Indian journal of veterinary science and animal husbandry - Volumes 24-25, 1954-1955
Year: 1954
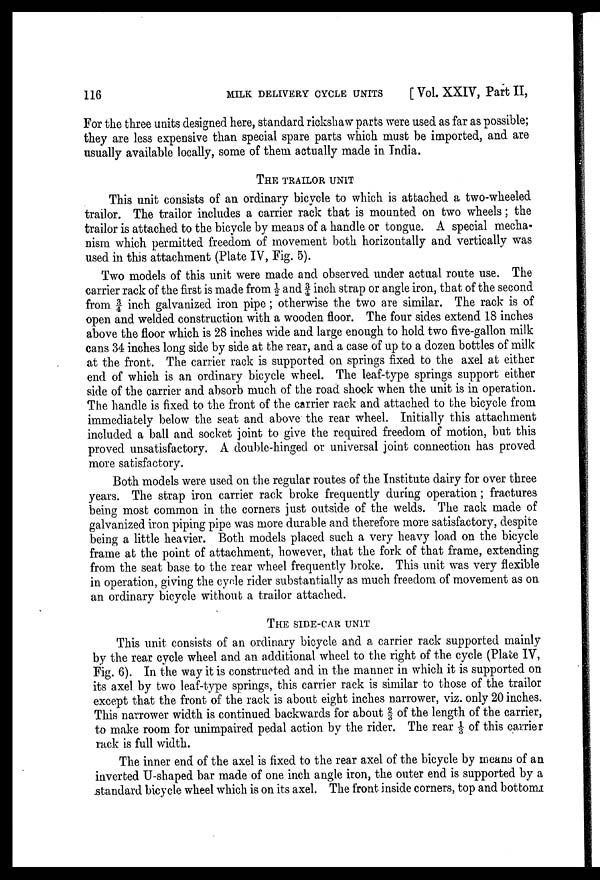
116
MILK DELIVERY CYCLE UNITS
[Vol. XXIV, Part II,
For the three units designed here, standard rickshaw parts were used as far as possible;
they are less expensive than special spare parts which must be imported, and are
usually available locally, some of them actually made in India.
THE TRAILOR UNIT
This unit consists of an ordinary bicycle to which is attached a two-wheeled
trailor. The trailor includes a carrier rack that is mounted on two wheels; the
trailor is attached to the bicycle by means of a handle or tongue. A special mecha
nism which permitted freedom of movement both horizontally and vertically was
used in this attachment (Plate IV, Fig. 5).
Two models of this unit were made and observed under actual route use. The
carrier rack of the first is made from ½ and ¾ inch strap or angle iron, that of the second
from 3/4 inch galvanized iron pipe; otherwise the two are similar. The rack is of
open and welded construction with a wooden floor. The four sides extend 18 inches
above the floor which is 28 inches wide and large enough to hold two five-gallon milk
cans 34 inches long side by side at the rear, and a case of up to a dozen bottles of milk
at the front. The carrier rack is supported on springs fixed to the axel at either
end of which is an ordinary bicycle wheel. The leaf-type springs support either
side of the carrier and absorb much of the road shock when the unit is in operation.
The handle is fixed to the front of the carrier rack and attached to the bicycle from
immediately below the seat and above the rear wheel. Initially this attachment
included a ball and socket joint to give the required freedom of motion, but this
proved unsatisfactory. A double-hinged or universal joint connection has proved
more satisfactory.
Both models were used on the regular routes of the Institute dairy for over three
years. The strap iron carrier rack broke frequently during operation; fractures
being most common in the corners just outside of the welds. The rack made of
galvanized iron piping pipe was more durable and therefore more satisfactory, despite
being a little heavier. Both models placed such a very heavy load on the bicycle
frame at the point of attachment, however, that the fork of that frame, extending
from the seat base to the rear wheel frequently broke. This unit was very flexible
in operation, giving the cycle rider substantially as much freedom of movement as on
an ordinary bicycle without a trailor attached.
THE SIDE-CAR UNIT
This unit consists of an ordinary bicycle and a carrier rack supported mainly
by the rear cycle wheel and an additional wheel to the right of the cycle (Plate IV,
Fig. 6). In the way it is constructed and in the manner in which it is supported on
its axel by two leaf-type springs, this carrier rack is similar to those of the trailor
except that the front of the rack is about eight inches narrower, viz. only 20 inches.
This narrower width is continued backwards for about ⅔ of the length of the carrier,
to make room for unimpaired pedal action by the rider. The rear 1/3 of this carrier
rack is full width.
The inner end of the axel is fixed to the rear axel of the bicycle by means of an
inverted U-shaped bar made of one inch angle iron, the outer end is supported by a
standard bicycle wheel which is on its axel. The front inside corners, top and bottom.